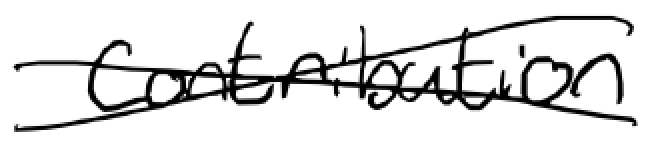
Text: contribution
Cross-out: cross
Writing tool: digital_black